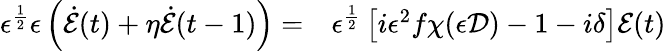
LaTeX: \begin{array}{rl}{\epsilon^{\frac{1}{2}}\epsilon\left(\dot{\mathcal{E}}(t)+\eta\dot{\mathcal{E}}(t-1)\right)=}&{{}\epsilon^{\frac{1}{2}}\left[i\epsilon^{2}f\chi(\epsilon\mathcal{D})-1-i\delta\right]\mathcal{E}(t)}\end{array}